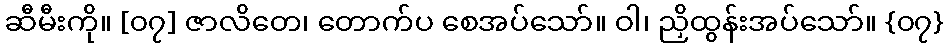
ဆီမီးကို။ [၀၇] ဇာလိတေ၊ တောက်ပ စေအပ်သော်။ ဝါ၊ ညှိထွန်းအပ်သော်။ {၀၇}